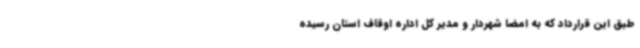
طبق این قرارداد که به امضا شهردار و مدیر کل اداره اوقاف استان رسیده